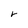
Character: r